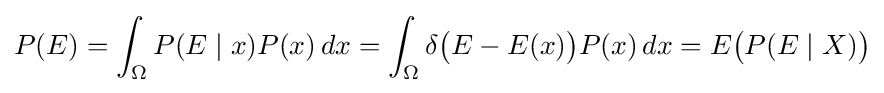
P(E)=\int _{\Omega }P(E\mid x)P(x)\,dx=\int _{\Omega }\delta {\big (}E-E(x){\big )}P(x)\,dx=E{\big (}P(E\mid X){\big )}